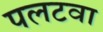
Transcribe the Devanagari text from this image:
पलटवा